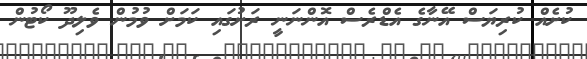
ކުށެއް ކުރިޔަސް އޭނާގެ އެޑްރެސް އޮންނަނީ ރަށުގައި ކަމަށް ވުމުން ވެލިދޫޫ ކޯޓުން